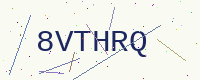
Text: 8VTHRQ